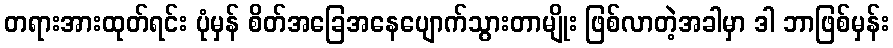
တရားအားထုတ်ရင်း ပုံမှန် စိတ်အခြေအနေပျောက်သွားတာမျိုး ဖြစ်လာတဲ့အခါမှာ ဒါ ဘာဖြစ်မှန်း